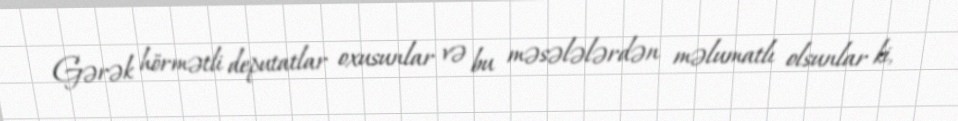
Gərək hörmətli deputatlar oxusunlar və bu məsələlərdən məlumatlı olsunlar ki,